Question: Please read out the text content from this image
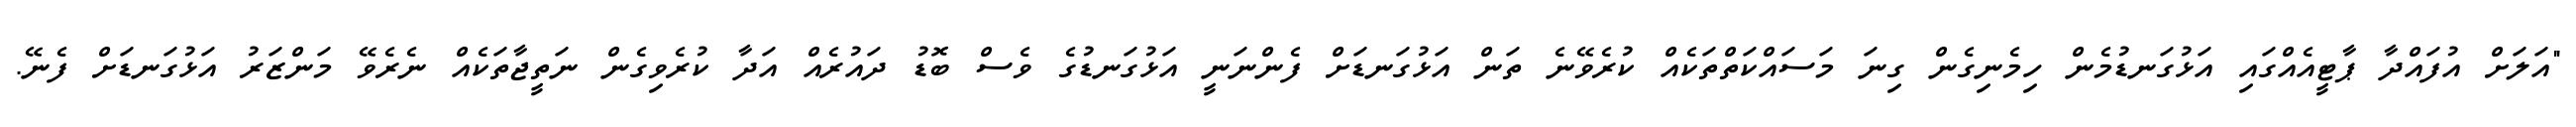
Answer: "އަލަށް އުފައްދާ ޕާޓީއެއްގައި އަޅުގަނޑުމެން ހިމެނިގެން ގިނަ މަސައްކަތްތަކެއް ކުރެވޭނެ ތަން އަޅުގަނޑަށް ފެންނަނީ އަޅުގަނޑުގެ ވެސް ބޮޑު ދައުރެއް އަދާ ކުރެވިގެން ނަތީޖާތަކެއް ނެރެވޭ މަންޒަރު އަޅުގަނޑަށް ފެނޭ.